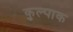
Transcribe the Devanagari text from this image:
कुल्पाक